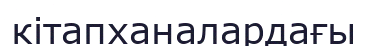
кітапханалардағы